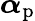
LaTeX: \boldsymbol\alpha_{\mathrm{p}}